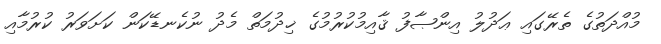
މުއްދަތުގެ ތެރޭގައި ޢަދުލު އިންޞާފު ޤާއިމުކުރުމުގެ ޚިދުމަތް މެދު ނުކެނޑޭކަން ކަށަވަރު ކުރުމާއި